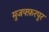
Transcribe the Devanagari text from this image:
मुजफ्फ़रपुर